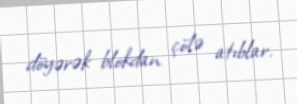
döyərək blokdan çölə atıblar.